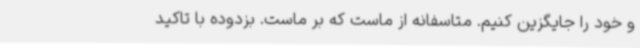
و خود را جایگزین کنیم. متاسفانه از ماست که بر ماست. بزدوده با تاکید